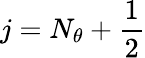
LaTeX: j=N_{\theta}+\frac{1}{2}